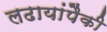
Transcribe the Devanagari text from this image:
लढायांपैकी